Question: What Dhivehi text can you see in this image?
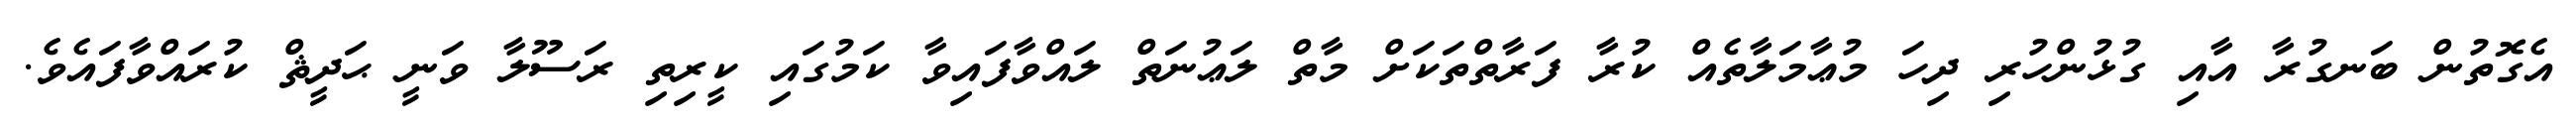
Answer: އެގޮތުން ބަނގުރާ އާއި ގުޅުންހުރި ދިހަ މުޢާމަލާތެއް ކުރާ ފަރާތްތަކަށް މާތް ލަޢުނަތް ލައްވާފައިވާ ކަމުގައި ކީރިތި ރަސޫލާ ވަނީ ޙަދީޘް ކުރައްވާފައެވެ.